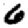
Digit: 6